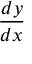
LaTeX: \frac { d y } { d x }